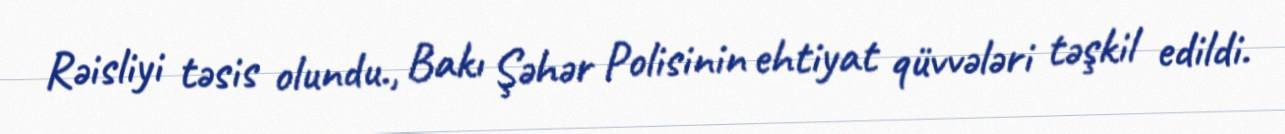
Rəisliyi təsis olundu., Bakı Şəhər Polisinin ehtiyat qüvvələri təşkil edildi.